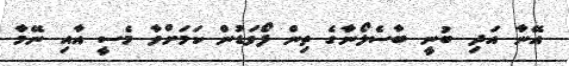
އޭނާ އަދި ބުނީ ބާސެލޯނާގެ ތިން ފޯވަޑުން ކަމަށްވާ މެސީ އާއި ނޭމާ